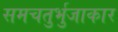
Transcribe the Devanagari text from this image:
समचतुर्भुजाकार